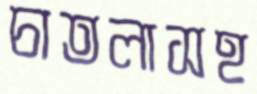
চাতলাসহ